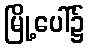
မြို့ပေါ်၌